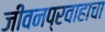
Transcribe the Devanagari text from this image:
जीवनप्रवाहाचा